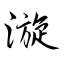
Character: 漩